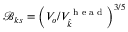
\mathcal { B } _ { k s } = \left( V _ { o } / V _ { \widehat { k } } ^ { \textrm { h e a d } } \right) ^ { 3 / 5 }